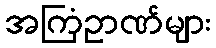
အကြံဥာဏ်များ